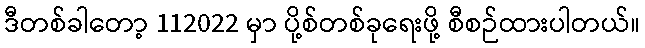
ဒီတစ်ခါတော့ 112022 မှာ ပို့စ်တစ်ခုရေးဖို့ စီစဉ်ထားပါတယ်။